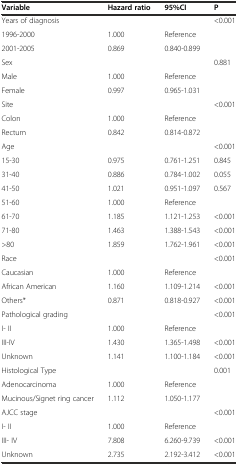
<table><thead><tr><td><b>Variable</b></td><td><b>Hazard ratio</b></td><td><b>95%CI</b></td><td><b>P</b></td></tr></thead><tbody><tr><td>Years of diagnosis</td><td></td><td></td><td>&lt;0.001</td></tr><tr><td>1996-2000</td><td>1.000</td><td>Reference</td><td></td></tr><tr><td>2001-2005</td><td>0.869</td><td>0.840-0.899</td><td></td></tr><tr><td>Sex</td><td></td><td></td><td>0.881</td></tr><tr><td>Male</td><td>1.000</td><td>Reference</td><td></td></tr><tr><td>Female</td><td>0.997</td><td>0.965-1.031</td><td></td></tr><tr><td>Site</td><td></td><td></td><td>&lt;0.001</td></tr><tr><td>Colon</td><td>1.000</td><td>Reference</td><td></td></tr><tr><td>Rectum</td><td>0.842</td><td>0.814-0.872</td><td></td></tr><tr><td>Age</td><td></td><td></td><td>&lt;0.001</td></tr><tr><td>15-30</td><td>0.975</td><td>0.761-1.251</td><td>0.845</td></tr><tr><td>31-40</td><td>0.886</td><td>0.784-1.002</td><td>0.055</td></tr><tr><td>41-50</td><td>1.021</td><td>0.951-1.097</td><td>0.567</td></tr><tr><td>51-60</td><td>1.000</td><td>Reference</td><td></td></tr><tr><td>61-70</td><td>1.185</td><td>1.121-1.253</td><td>&lt;0.001</td></tr><tr><td>71-80</td><td>1.463</td><td>1.388-1.543</td><td>&lt;0.001</td></tr><tr><td>&gt;80</td><td>1.859</td><td>1.762-1.961</td><td>&lt;0.001</td></tr><tr><td>Race</td><td></td><td></td><td>&lt;0.001</td></tr><tr><td>Caucasian</td><td>1.000</td><td>Reference</td><td></td></tr><tr><td>African American</td><td>1.160</td><td>1.109-1.214</td><td>&lt;0.001</td></tr><tr><td>Others*</td><td>0.871</td><td>0.818-0.927</td><td>&lt;0.001</td></tr><tr><td>Pathological grading</td><td></td><td></td><td>&lt;0.001</td></tr><tr><td>I- II</td><td>1.000</td><td>Reference</td><td></td></tr><tr><td>III-IV</td><td>1.430</td><td>1.365-1.498</td><td>&lt;0.001</td></tr><tr><td>Unknown</td><td>1.141</td><td>1.100-1.184</td><td>&lt;0.001</td></tr><tr><td>Histological Type</td><td></td><td></td><td>0.001</td></tr><tr><td>Adenocarcinoma</td><td>1.000</td><td>Reference</td><td></td></tr><tr><td>Mucinous/Signet ring cancer</td><td>1.112</td><td>1.050-1.177</td><td></td></tr><tr><td>AJCC stage</td><td></td><td></td><td>&lt;0.001</td></tr><tr><td>I- II</td><td>1.000</td><td>Reference</td><td></td></tr><tr><td>III- IV</td><td>7.808</td><td>6.260-9.739</td><td>&lt;0.001</td></tr><tr><td>Unknown</td><td>2.735</td><td>2.192-3.412</td><td>&lt;0.001</td></tr></tbody></table>